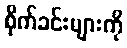
စိုက်ခင်းများကို